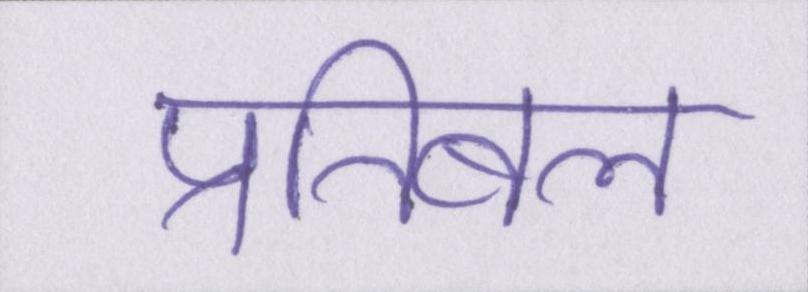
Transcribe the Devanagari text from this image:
प्रतिबल